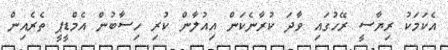
އެކަމަކު ރިޔާސީ ރޭހުގައި ވާދަ ކުރާނެކަން އިއުލާން ކުރި ހިސާބުން އެމްޑީޕީ ތެރެއިން